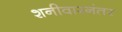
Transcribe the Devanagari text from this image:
शनीवारनंतर